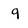
Character: q